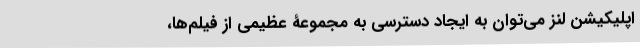
اپلیکیشن لنز می‌توان به ایجاد دسترسی به مجموعۀ عظیمی از فیلم‌ها،